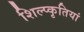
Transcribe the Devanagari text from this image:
शिल्प्कृतियां